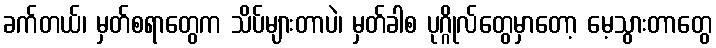
ခက်တယ်၊ မှတ်စရာတွေက သိပ်များတာပဲ၊ မှတ်ခါစ ပုဂ္ဂိုလ်တွေမှာတော့ မေ့သွားတာတွေ